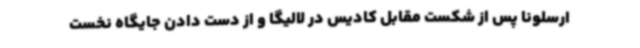
ارسلونا پس از شکست مقابل کادیس در لالیگا و از دست دادن جایگاه نخست